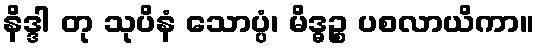
နိဒ္ဒါ တု သုပိနံ သောပ္ပံ၊ မိဒ္ဓဉ္စ ပစလာယိကာ။